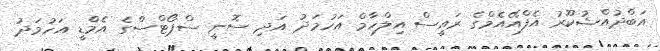
އަބްދުއްޝުކޫރު އެފްއޭއެމްގެ ރައީސް އިލްހާމް އަހުމަދު އަދި ސޮނީ ސްޕޯޓްސްގެ އެމްޑީ އަހުމަދު